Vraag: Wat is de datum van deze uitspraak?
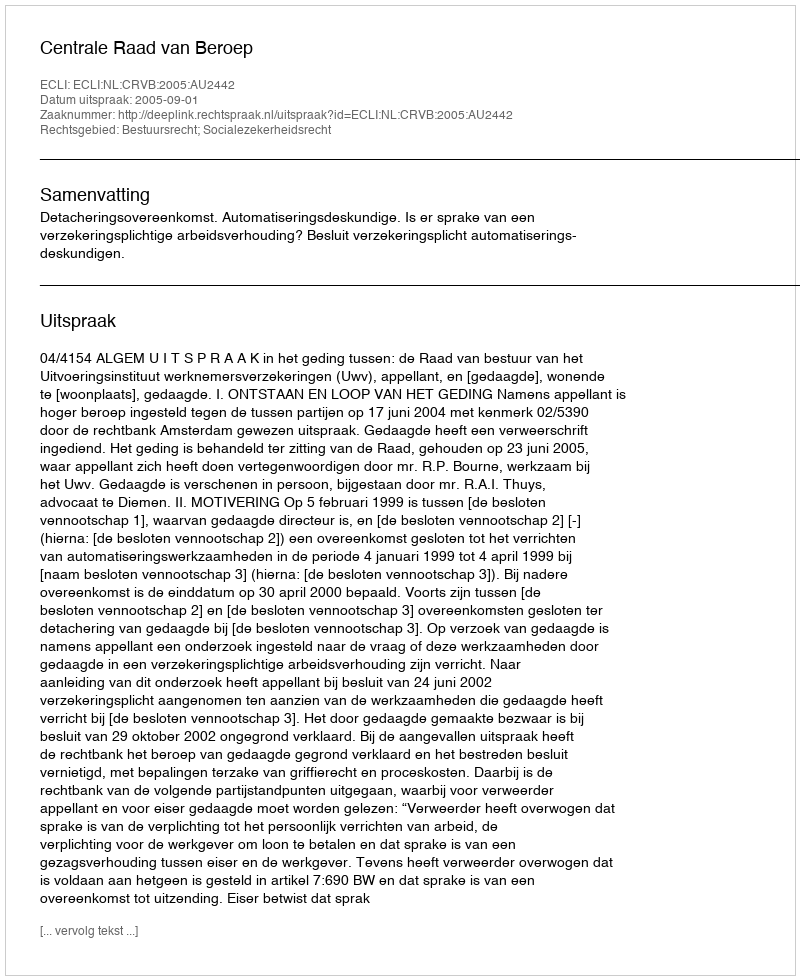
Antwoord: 2005-09-01